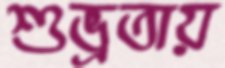
শুভ্রতায়